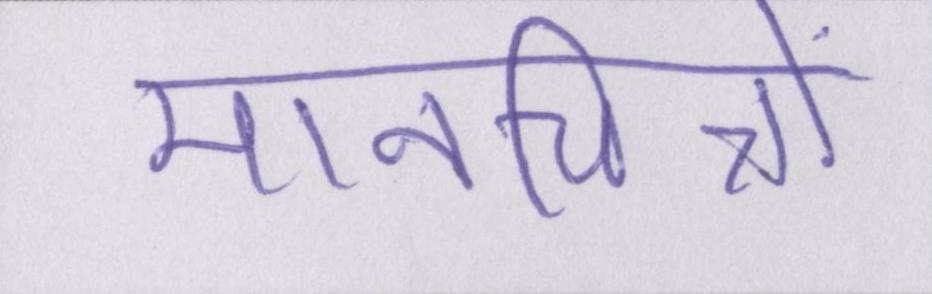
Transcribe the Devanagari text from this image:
मानचित्रों